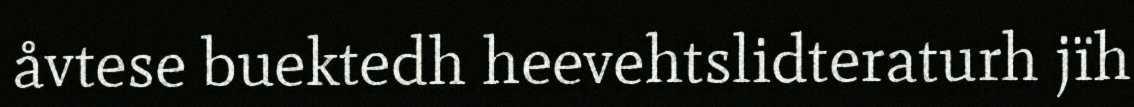
åvtese buektedh heevehtslidteraturh jïh